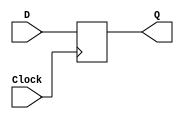
module negflipflop(D, Clock, Q);
	input D, Clock; 
	output reg Q;
	
	always@(negedge Clock)
		Q = D;
		
endmodule